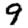
Digit: 9